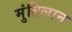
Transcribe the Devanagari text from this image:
मुंतिलान